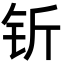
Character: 𬬱